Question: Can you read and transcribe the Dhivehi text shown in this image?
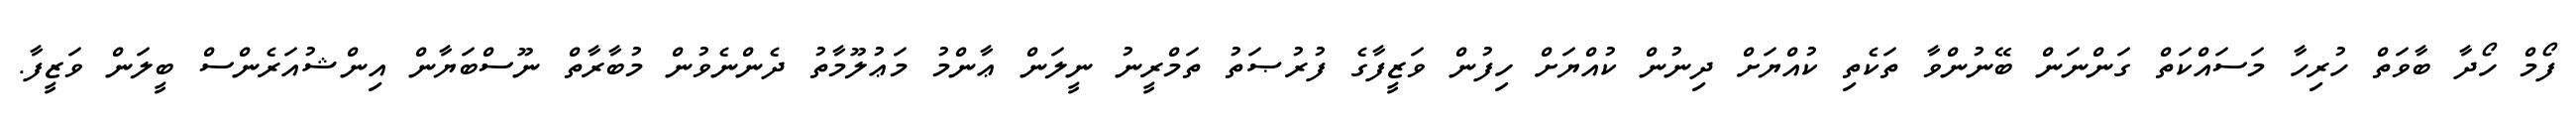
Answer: ފޯމް ހޯދާ ބާވަތް ހުރިހާ މަސައްކަތް ގަންނަން ބޭނުންވާ ތަކެތި ކުއްޔަށް ދިނުން ކުއްޔަށް ހިފުން ވަޒީފާގެ ފުރުޞަތު ތަމްރީނު ނީލަން ޢާންމު މަޢުލޫމާތު ދެންނެވުން މުބާރާތް ނޫސްބަޔާން އިންޝުއަރެންސް ބީލަން ވަޒީފާ.